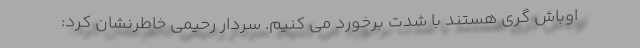
اوباش گری هستند با شدت برخورد می کنیم. سردار رحیمی خاطرنشان کرد: